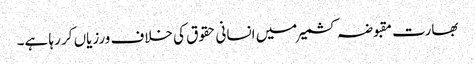
بھارت مقبوضہ کشمیر میں انسانی حقوق کی خلاف ورزیاں کر رہا ہے۔